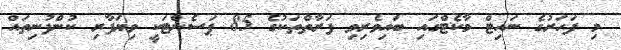
މި ފަހަރުގެ ނައިޓް މާކެޓްގައި ބައިވެރިވި ފަރާތްތަކުގެ 85 ޕަސެންޓަކީ ވިޔަފާރި ކުންފުނިތައް